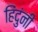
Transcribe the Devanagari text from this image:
हिंदुंनी